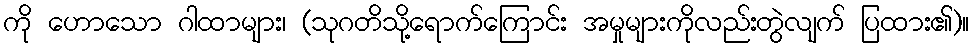
ကို ဟောသော ဂါထာများ၊ (သုဂတိသို့ရောက်ကြောင်း အမှုများကိုလည်းတွဲလျက် ပြထား၏)။